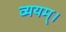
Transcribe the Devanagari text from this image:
व्ययम्।